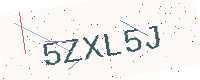
Text: 5ZXL5J